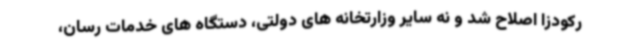
رکودزا اصلاح شد و نه سایر وزارتخانه های دولتی، دستگاه های خدمات رسان،